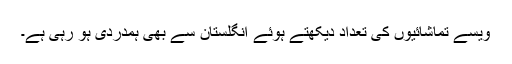
ویسے تماشائیوں کی تعداد دیکھتے ہوئے انگلستان سے بھی ہمدردی ہو رہی ہے۔